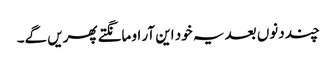
چند دنوں بعد یہ خود این آر او مانگتے پھریں گے۔